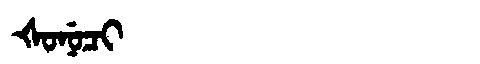
Manchu: ᡧᠣᠨᡠᠴᡳ
Romanization: ŠONUCI